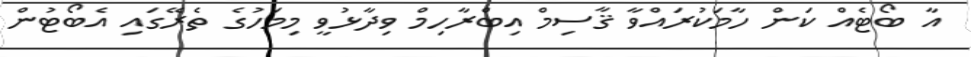
އާ ބޯޓެއް ކަން ހާމަކުރައްވާ ޤާސިމް އިބްރާހިމް ވިދާޅުވީ މިމަހުގެ ތެރޭގައި އެބޯޓުން